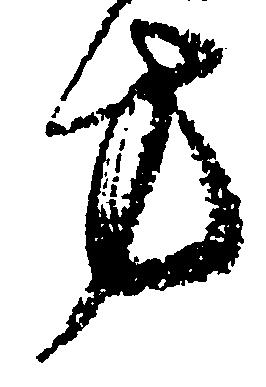
方